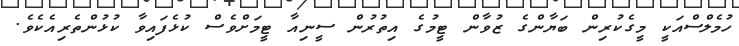
ހުމެލްސްއަކީ މީގެކުރިން ބަޔާންގެ ޒުވާން ޓީމުގެ އިތުރުން ސީނިއާ ޓީމަށްވެސް ކުޅެފައިވާ ކުޅުންތެރިއެކެވެ.